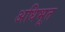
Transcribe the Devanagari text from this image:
अधिभूत